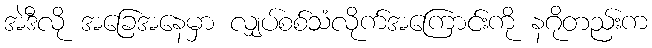
အဲဒီလို အခြေအနေမှာ လျှပ်စစ်သံလိုက်အကြောင်းကို နဂိုတည်းက